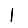
Digit: 1